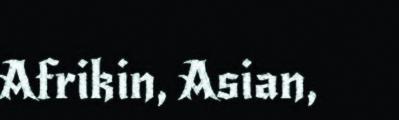
Afrikin, Asian,